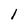
Character: 1